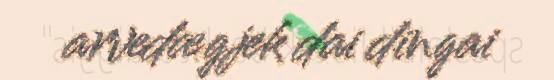
arvedægjek dai dingai